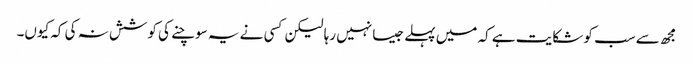
مجھ سے سب کو شکایت ہے کہ میں پہلے جیسا نہیں رہا لیکن کسی نے یہ سوچنے کی کوشش نہ کی کہ کیوں۔